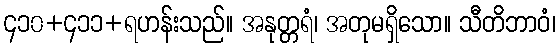
၄၁၀+၄၁၁+ရဟန်းသည်။ အနုတ္တရံ၊ အတုမရှိသော။ သီတိဘာဝံ၊